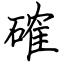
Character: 確